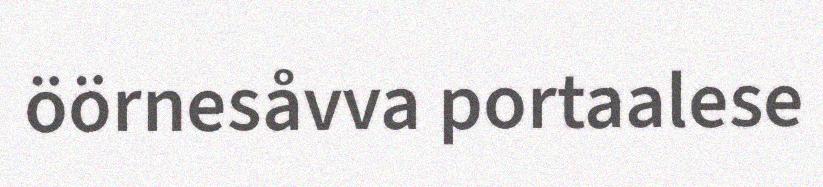
öörnesåvva portaalese